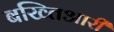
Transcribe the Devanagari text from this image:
बख्तिआरी